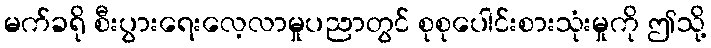
မက်ခရို စီးပွားရေးလေ့လာမှုပညာတွင် စုစုပေါင်းစားသုံးမှုကို ဤသို့